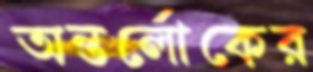
অন্তর্লোকের